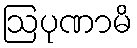
ဩပုဏာမိ